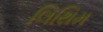
લિથિમ